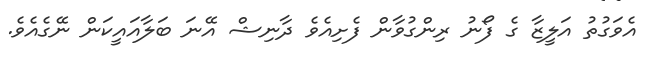
އެވަގުތު އަލީޒާ ގެ ފޯނު ރިންގުވާން ފެށިއެވެ ދާނިޝް އޭނަ ބަލާއައީކަން ނޭގެއެވެ.